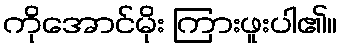
ကိုအောင်မိုး ကြားဖူးပါ၏။